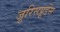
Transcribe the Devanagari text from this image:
जूरिसप्रूडेंस